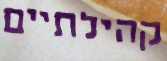
קהילתיים